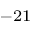
^ { - 2 1 }